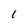
Character: 1